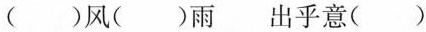
( )风( )雨 出乎意( )